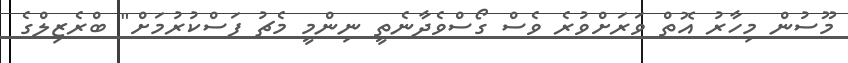
މޫސުން މިހާރު އޮތް ވަރަށްވުރެ ވެސް ގޯސްވެދާނެތީ ނިންމީ މެޗު ފަސްކުރުމަށް" ބްރެޒިލްގެ